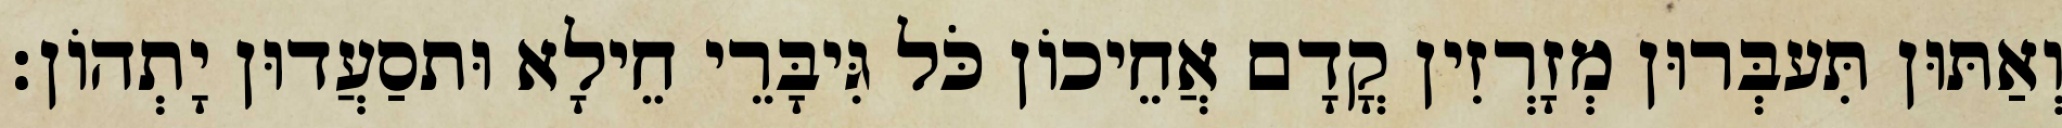
וְאַתּוּן תִּעבְּרוּן מְזָרְזִין קֳדָם אֲחֵיכוֹן כֹּל גִּיבָּרֵי חֵילָא וּתסַעֲדוּן יָתְהוֹן׃